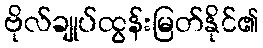
ဗိုလ်ချုပ်ထွန်းမြတ်နိုင်၏